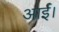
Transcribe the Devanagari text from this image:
आर्ई।